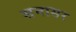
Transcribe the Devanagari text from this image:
सनासर